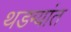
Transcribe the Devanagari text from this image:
थडग्यांत